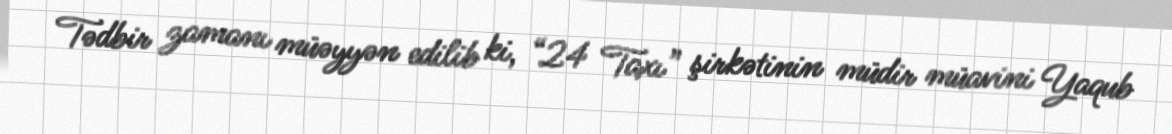
Tədbir zamanı müəyyən edilib ki, “24 Taxı” şirkətinin müdir müavini Yaqub